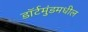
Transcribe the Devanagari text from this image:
डॉर्टमुंडमधील